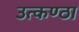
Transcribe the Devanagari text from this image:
उत्‍कण्‍ठा